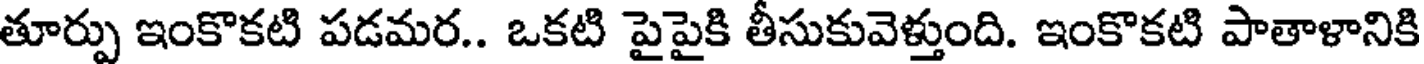
తూర్పు ఇంకొకటి పడమర.. ఒకటి పైపైకి తీసుకువెళ్తుంది. ఇంకొకటి పాతాళానికి